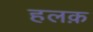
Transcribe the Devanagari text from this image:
हलक़